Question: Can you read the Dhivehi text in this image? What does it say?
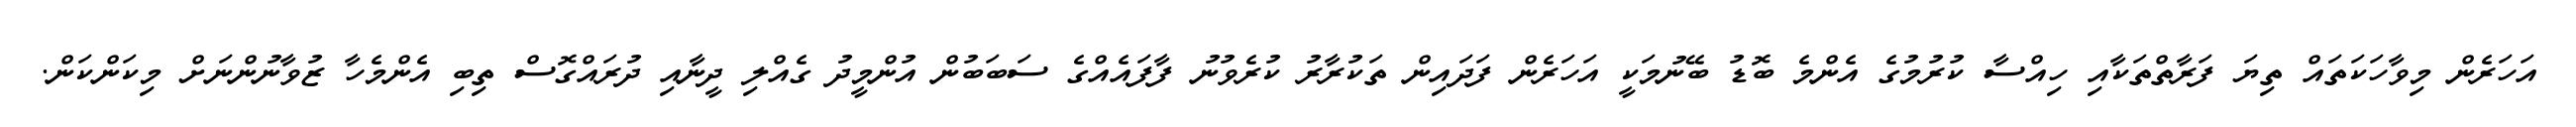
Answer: އަހަރެން މިވާހަކަތައް ތިޔަ ފަރާތްތަކާއި ހިއްސާ ކުރުމުގެ އެންމެ ބޮޑު ބޭނުމަކީ އަހަރެން ފަދައިން ތަކުރާރު ކުރެވުނު ފާފައެއްގެ ސަބަބުން އުންމީދު ގެއްލި ދީނާއި ދުރައްގޮސް ތިބި އެންމެހާ ޒުވާނުންނަށް މިކަންކަން.